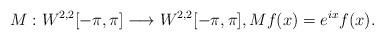
LaTeX: \begin{align*} M: W^{2, 2}[-\pi, \pi]\longrightarrow W^{2, 2}[-\pi, \pi], Mf(x)=e^{ix}f(x). \end{align*}